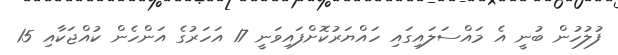
ފުލުހުން ބުނީ އެ މައްސަލައިގައި ހައްޔަރުކޮށްފައިވަނީ 17 އަހަރުގެ އަންހެން ކުއްޖަކާއި 15